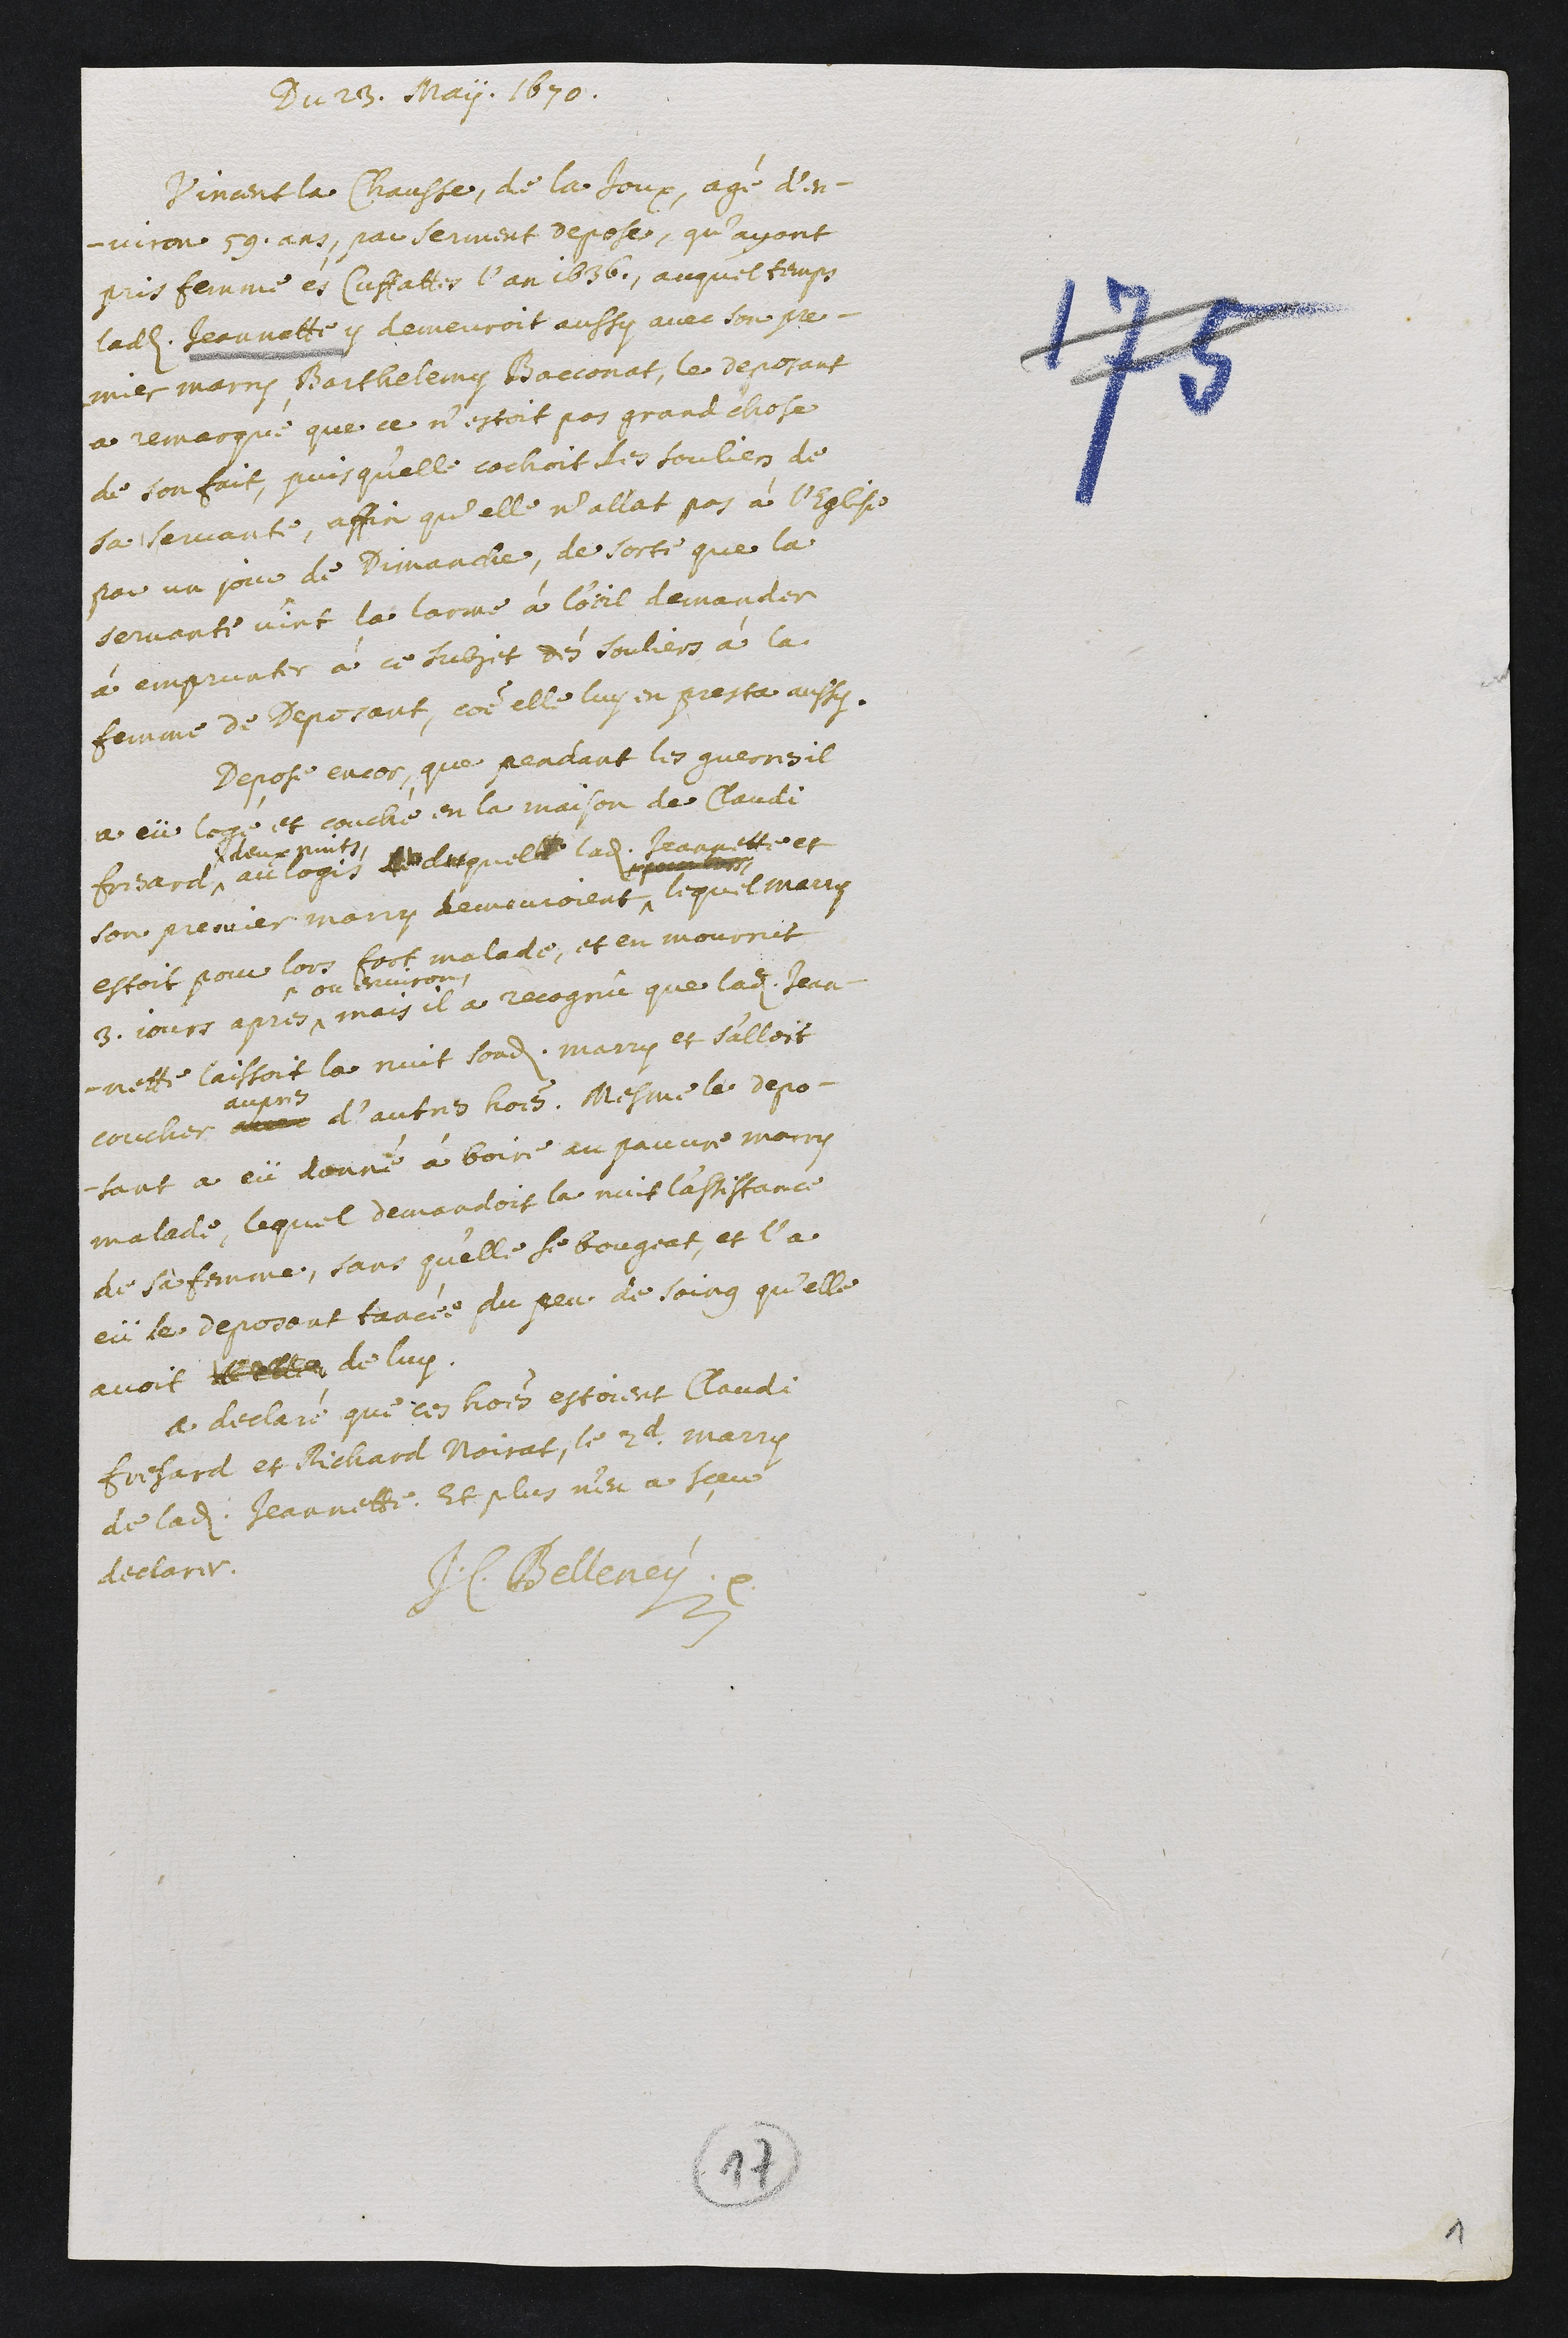
Du 23. May. 1670.
Vincent la Chausse, de la Joux, agé d’en-
viron 59. ans, par serment depose, qu’ayant
pris femme és Cuffattes l’an 1636., auquel temps
ladite Jeannette y demeuroit aussy avec son pre-
mier marry, Barthelemy Boeconat, le deposant
a remarque que ce n’estoit pas grand chose
de son fait, puisqu’elle cachoit les souliers de
sa servante, affin qu’elle n’allat pas à l’eglise
par un jour de dimanche. De sorte que la
servante vint la larme à l’oeil demander
à emprunter à ce subjet dés souliers à la
femme de deposant, comme elle luy en presta aussy.
Depose encor, que pendant les guerres il
a eü logé et couché en la maison de Claudi
Fresard^
^deux nuits
au logis lt duquelle ladite Jeannette et
son premier marry, demeuroient^
??????
Lequel marry
estoit pour lors fort malade, et en mourrut
3 jours apres^
^ou environ,
mais il a recognû que ladite Jean-
-nette laissoit la nuit sondit marry et s’alloit
coucher avec
apres
d’autre hommes. Mesme le depo-
-sant a eü donné à boire au pauvre marry
malade, lequel demandoit la nuit l’assistance
de sa femme, sans qu’elle se bougeat, et l’a
eü le deposant tanée du peu de soing qu’elle
avoit d’elle de luy.
A declaré que ces hommes estoient Claudi
Fresard et Richard Noirat, le 2d marry
de ladite Jeannette. Et plus n’en a sceu
declarer.
J.C. Belleney